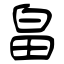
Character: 畠